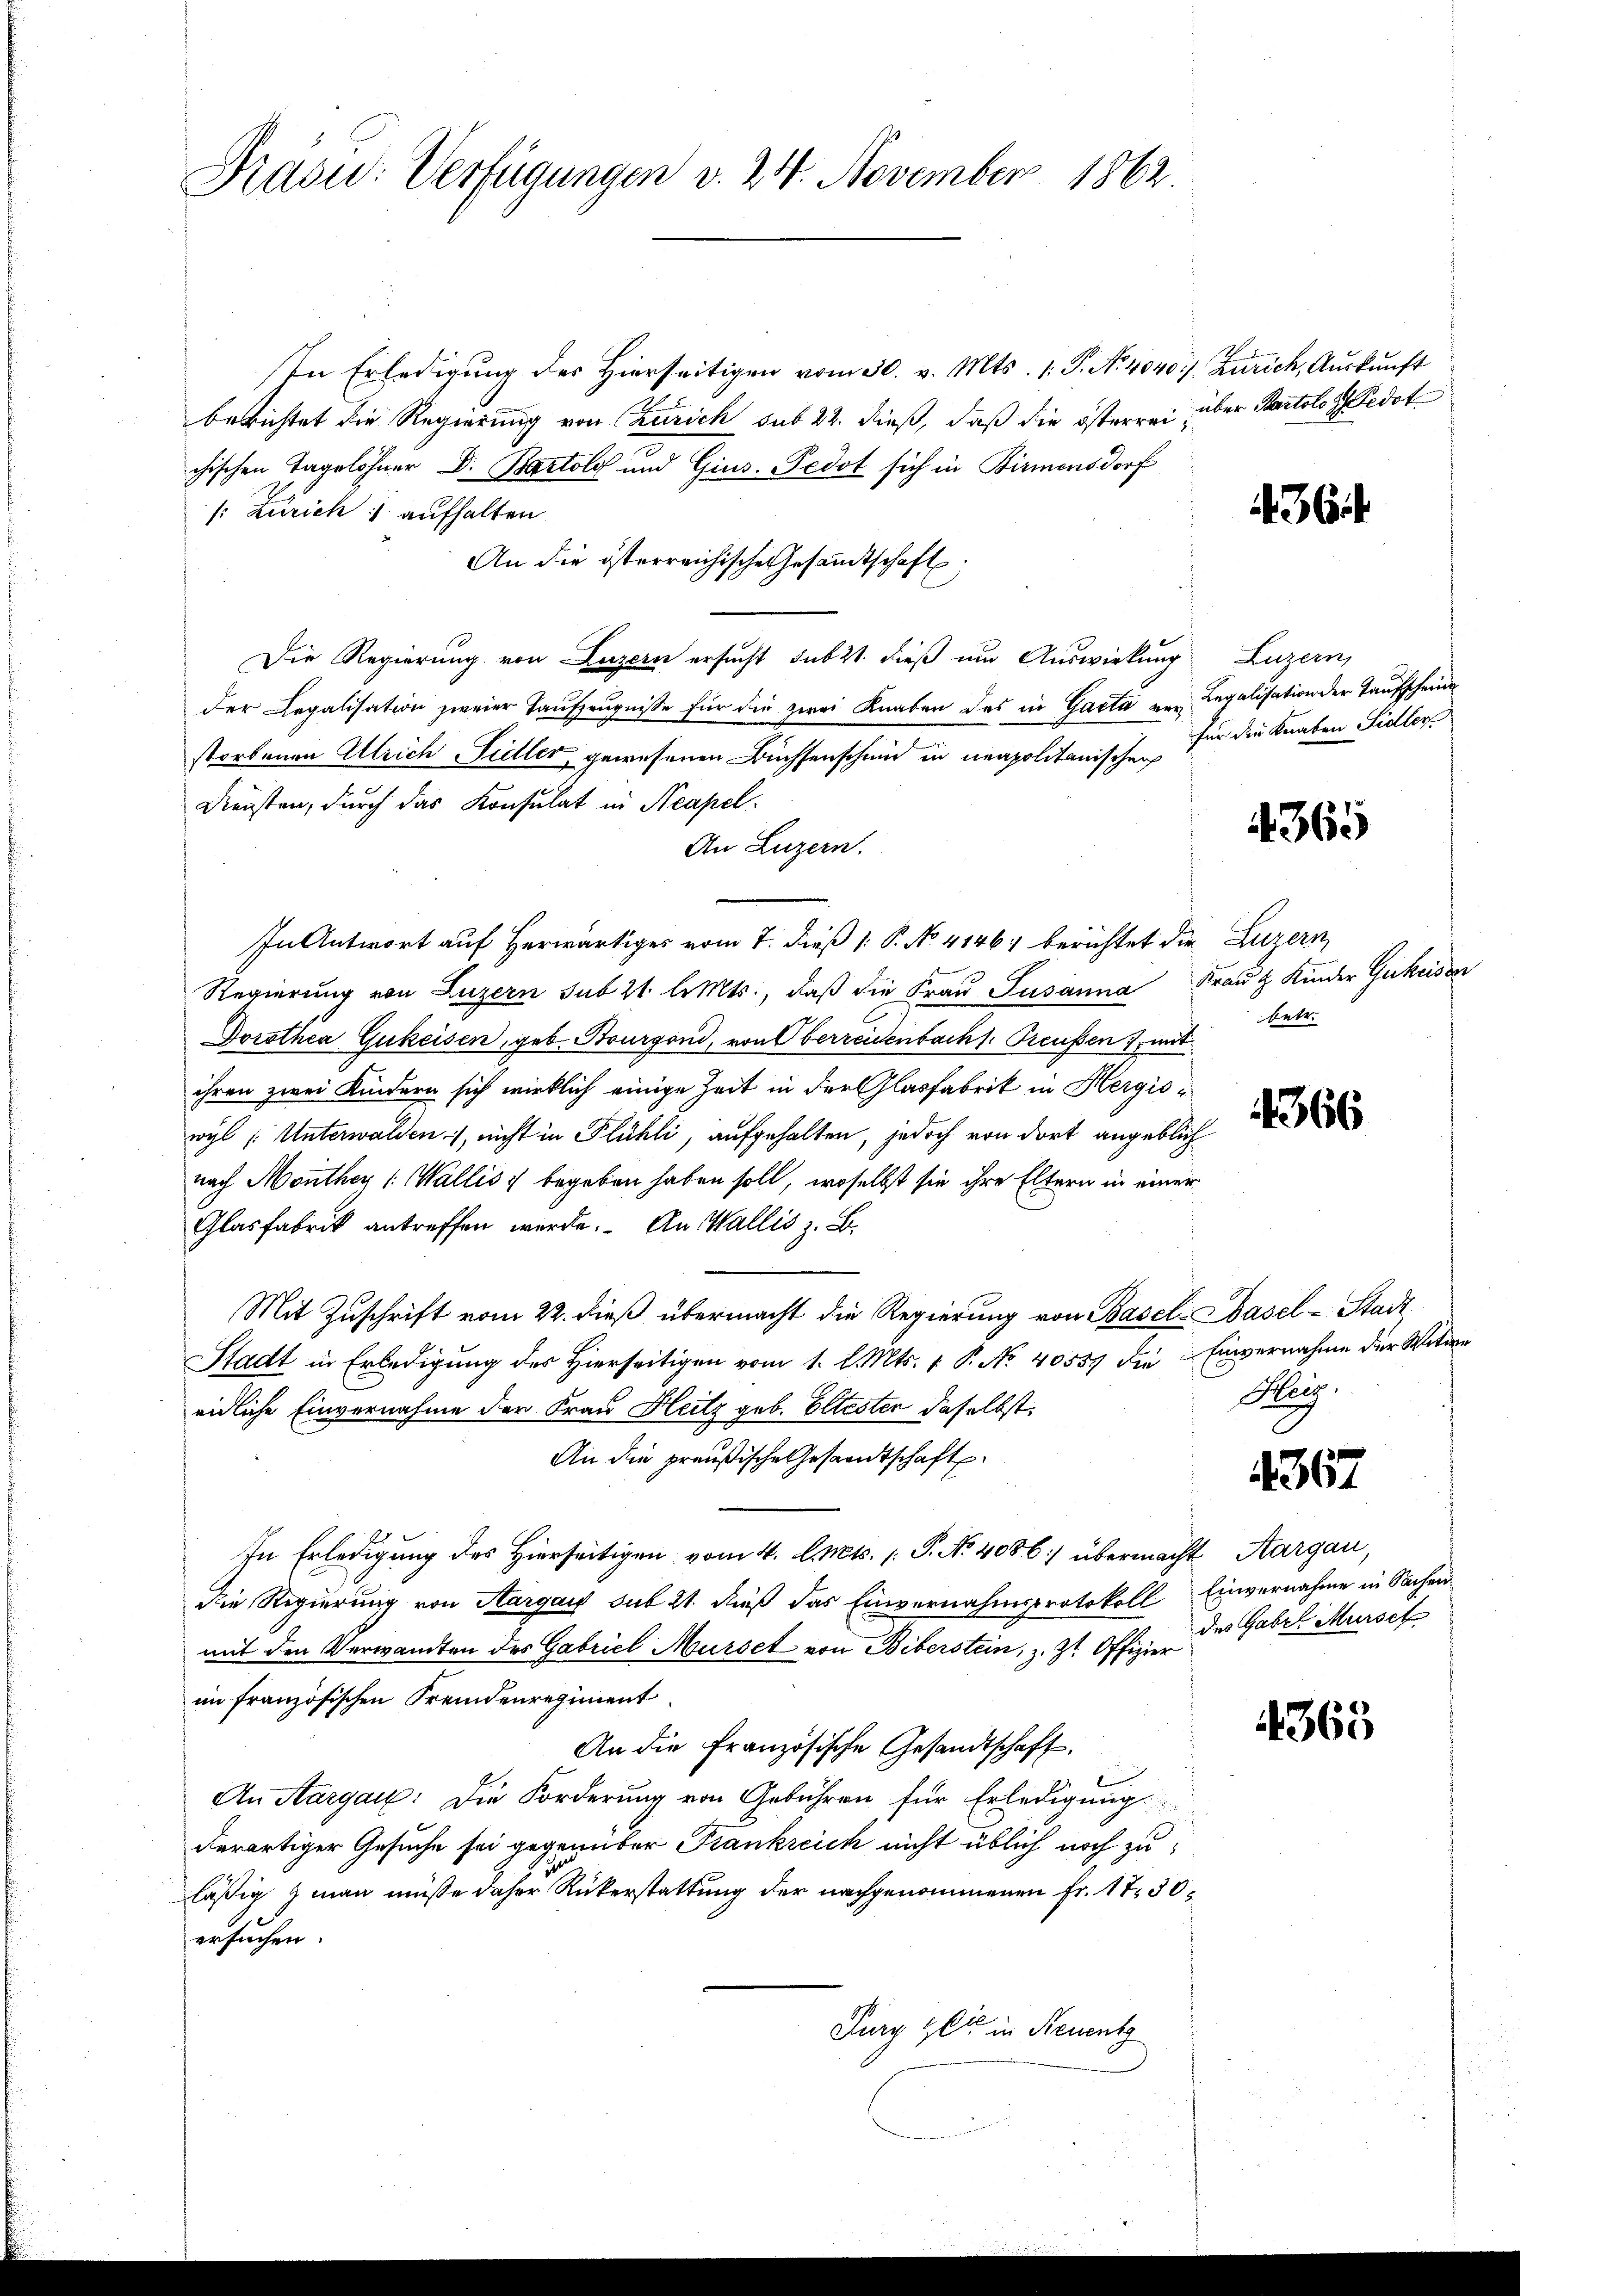
Prdou: Verfügungen v. 24. November 1862.

In Erledigung des hierseitigen vom 30. v. Mts. 1. P. N. 4040. Zürich, Aŭskŭnft
berichtet die Regierung von Zürich sub 22. dieß, daß die österreichischen Taglöhner Dr. Bartolo und Gius. Fedot sich in Birmensdorf
/: Zürich 1 aufhalten
An die österreichische Gesandtschaft;
Die Regierung von Luzern ersucht subst dieß um Auswirkung Luzern,
der Legalisation zweier Taufzeugnisse für die zwei Knaben das in Gacta von Legalisation der Taufschein
storbenen Ulrich Sidler gewesenen Büchsenschein in neapolitanischen für die Knaben Sidler
Diensten, durch das Konsulat in Neapel.
An Luzern.
In Antwort auf Herwärtiges vom 7. dieß P. No. 41467 berichtet die Luzern
Regierung von Luzern sub 21. l. Mts., daß die Frau Susanna Frau Kinder Gukeisen
Dorothea Gukeisen, geb. Bourgond, von Oberreisenbach. Preußen, mit
ihren zwei Kindern sich wirklich einige Zeit in der Glasfabrik in Hergiswyl (Unterwalden, nicht in Flühli, aufgehalten, jedoch von dort angeblich
nach Monthey (Wallis, begeben haben soll, woselbst sie ihre Eltern in einer
Glasfabrik antreffen werde. An Wallis z. B.
Mit Zuschrift vom 22. dieß übermacht die Regierung von Basel-Basel-Stadt
Stadt in Erledigung des Hierseitigen vom 1. l. Mts. 1. P. No 40559 die Einvernahme der Witwe
eidliche Einvernahme der Frau Heitz geb. Ellester daselbst,
An die preußische Gesandtschaft
In Erledigung des Hierseitigen vom 4. Apct. P. No. 4086:/ übermacht Aargau,
Die Regierung von Aargau sub 21. dieß das Einvernahmsprotokoll Einvernahme in Sachen
mit den Verwandten des Gabriel Musset von Biberstein, z. Zt. Offizier
im französischen Fremdenregiment
An die Französische Gesandtschaft.
An Aargau: Die Forderung von Gebühren für Erledigung
derartiger Gesuche sei gegenüber Frankreich nicht üblich noch zu
läßig man müsse daher Rükerstattung der nachgenommenen Fr. 17, 30
ersuchen.
Pury Zeit in Neuentz

über Partolo z. Fedot

436.

4365

betr.

4366

Meig.

4367

des Gabr Mursch

4360